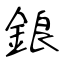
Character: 鋃